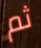
ثم